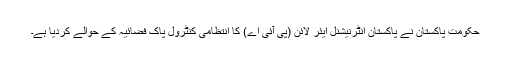
حکومت پاکستان نے پاکستان انٹرنیشنل ایئر لائن (پی آئی اے) کا انتظامی کنٹرول پاک فضائیہ کے حوالے کردیا ہے۔